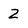
Character: 2